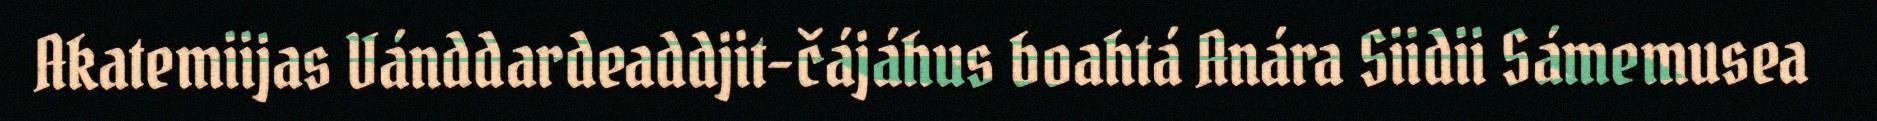
Akatemiijas Vánddardeaddjit-čájáhus boahtá Anára Siidii Sámemusea